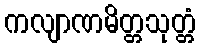
ကလျာဏမိတ္တသုတ္တံ